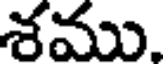
శము.